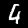
Digit: 4